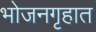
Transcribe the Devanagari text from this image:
भोजनगृहात